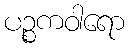
ပဉ္စကဝါရော